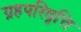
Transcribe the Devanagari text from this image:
ग्रहपरिवृत्ति